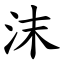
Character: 沫